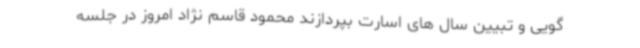
گویی و تبیین سال های اسارت بپردازند محمود قاسم نژاد امروز در جلسه